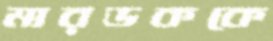
মারডককে